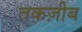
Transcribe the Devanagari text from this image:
तकज़ीब